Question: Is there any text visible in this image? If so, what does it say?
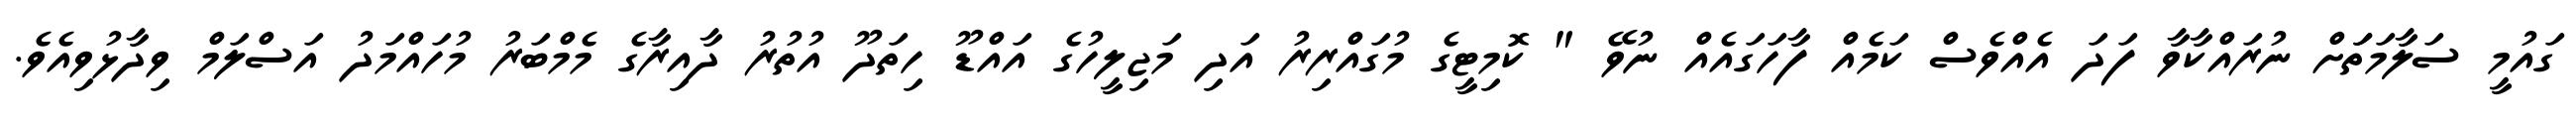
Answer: ގައުމީ ސަލާމަތަަށް ނުރައްކާވާ ފަދަ އެއްވެސް ކަމެއް ފާހަގައެއް ނުވޭ " ކޮމިޓީގެ މުގައްރިރު އަދި މަޖިލީހުގެ އައްޑޫ ހިތަދޫ އުތުރު ދާއިރާގެ މެމްބަރު މުހައްމަދު އަސްލަމް ވިދާޅުވިއެވެ.